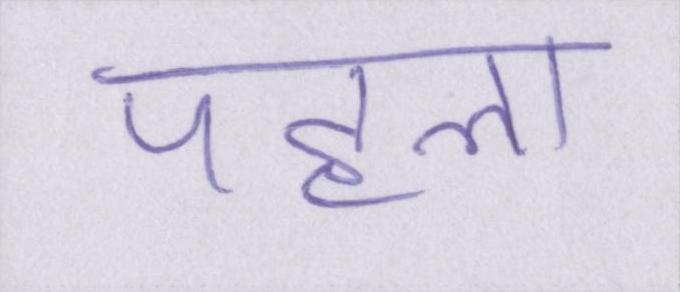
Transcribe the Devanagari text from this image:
पहला